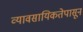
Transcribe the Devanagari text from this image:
व्यावसायिकतेपासून